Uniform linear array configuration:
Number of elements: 8
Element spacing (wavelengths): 0.25
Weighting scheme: kaiser
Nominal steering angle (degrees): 60
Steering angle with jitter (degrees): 58.493
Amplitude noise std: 0.05
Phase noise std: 0.05

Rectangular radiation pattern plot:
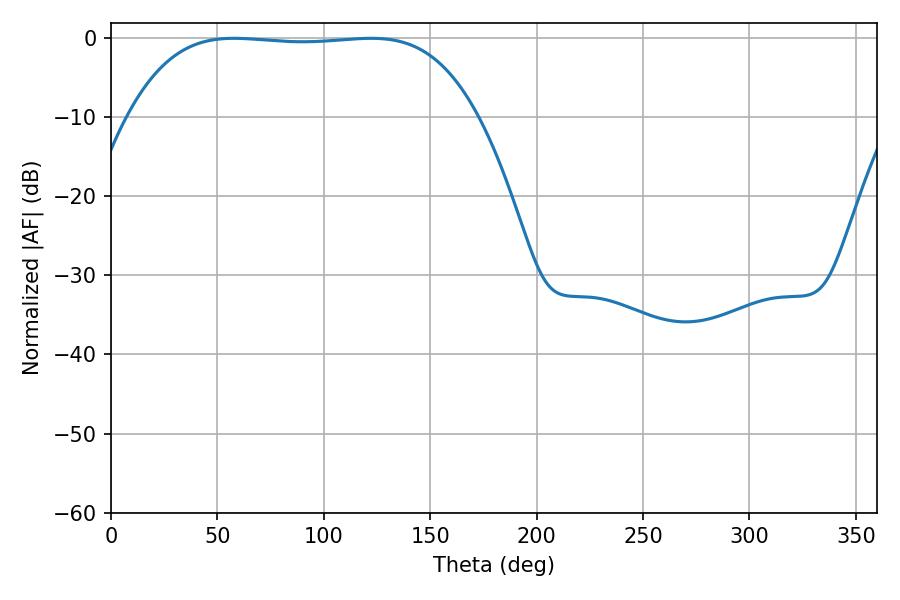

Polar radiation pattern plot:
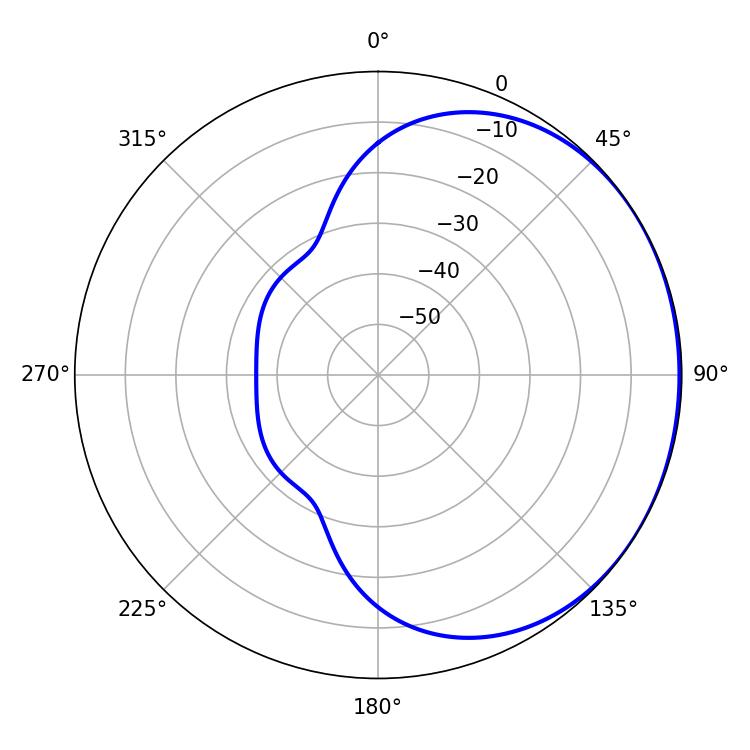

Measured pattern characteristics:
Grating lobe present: FALSE
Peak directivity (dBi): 0.7203
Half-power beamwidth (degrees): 127.44
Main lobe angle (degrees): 57.78